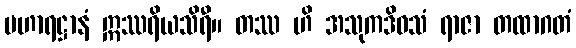
မဟာရဋ္ဌာနံ ဣဿရိယသိရီ။ တဿ ဟိ အသုကဒိဝသံ ရာဇာ တထာဂတံ